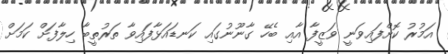
އަމުރު ކޮށްފައިވަނީ ވަޒީފާ އާއި ބެހޭ ގާނޫނުގައި ކަނޑައަޅާފައިވާ ތަރުތީބާ ހިލާފަށް ކަމަށް